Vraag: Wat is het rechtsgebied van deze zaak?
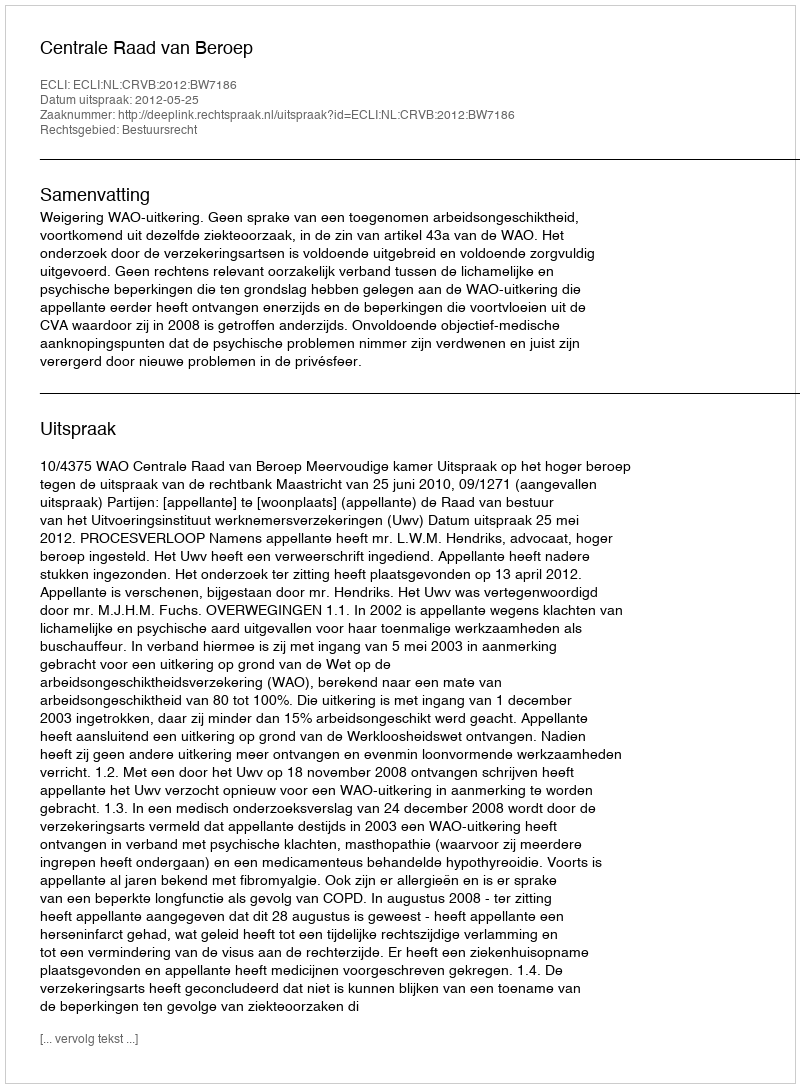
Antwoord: Bestuursrecht